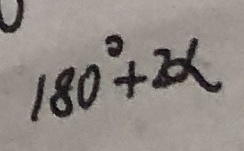
1 8 0 ^ { \circ } + 2 \alpha